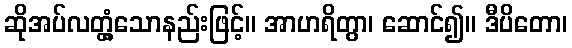
ဆိုအပ်လတ္တံ့သောနည်းဖြင့်။ အာဟရိတွာ၊ ဆောင်၍။ ဒီပိတော၊